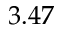
3 . 4 7